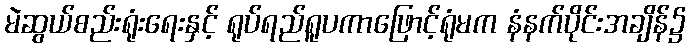
မဲဆွယ်စည်းရုံးရေးနှင့် ရုပ်ရည်ရူပကာဖြောင့်ရုံမက နံနက်ပိုင်းအချိန်၌